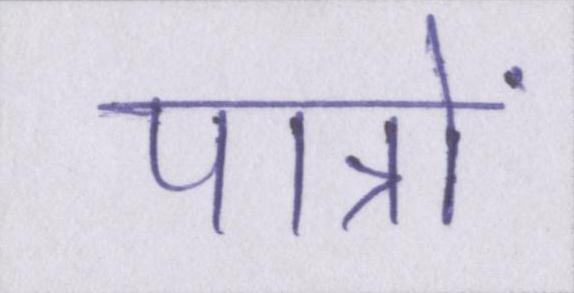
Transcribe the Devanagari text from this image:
पात्रों